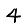
Digit: 4